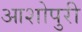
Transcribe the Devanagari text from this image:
आशोपुरी